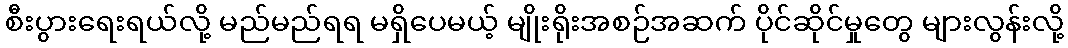
စီးပွားရေးရယ်လို့ မည်မည်ရရ မရှိပေမယ့် မျိုးရိုးအစဉ်အဆက် ပိုင်ဆိုင်မှုတွေ များလွန်းလို့